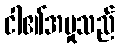
ငါ၏အမှုသည်